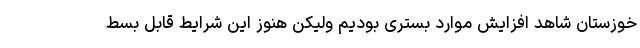
خوزستان شاهد افزایش موارد بستری بودیم ولیکن هنوز این شرایط قابل بسط